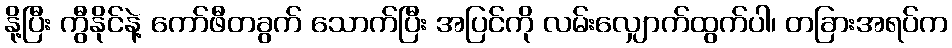
နို့ပြီး ကွီနိုင်နဲ့ ကော်ဖီတခွက် သောက်ပြီး အပြင်ကို လမ်းလျှောက်ထွက်ပါ၊ တခြားအရပ်က